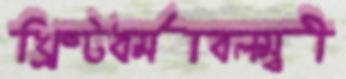
খ্রিষ্টধর্মাবলম্বী